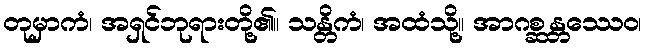
တုမှာကံ၊ အရှင်ဘုရားတို့၏။ သန္တိကံ၊ အထံသို့။ အာဂစ္ဆန္တဿေဝ၊